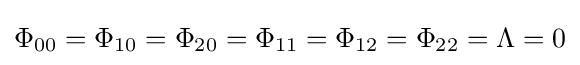
\Phi _{00}=\Phi _{10}=\Phi _{20}=\Phi _{11}=\Phi _{12}=\Phi _{22}=\Lambda =0